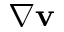
\nabla \mathbf { v }